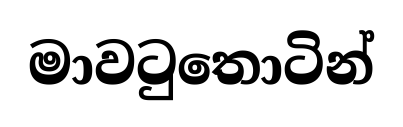
මාවටුතොටින්